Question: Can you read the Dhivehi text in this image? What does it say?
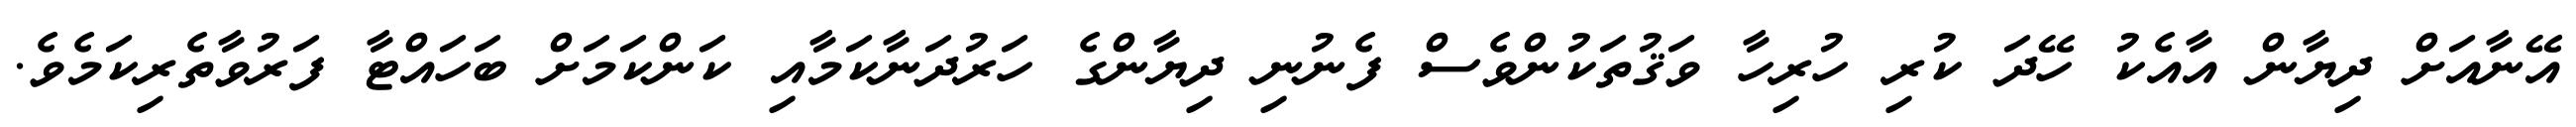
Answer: އޭނާއަށް ދިޔާން އާއެކު ހޭދަ ކުރި ހުރިހާ ވަޤުތަކުންވެސް ފެނުނި ދިޔާންގެ ހަރުދަނާކަމާއި ކަންކަމަށް ބަހައްޓާ ފަރުވާތެރިކަމެވެ.